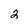
Character: 2